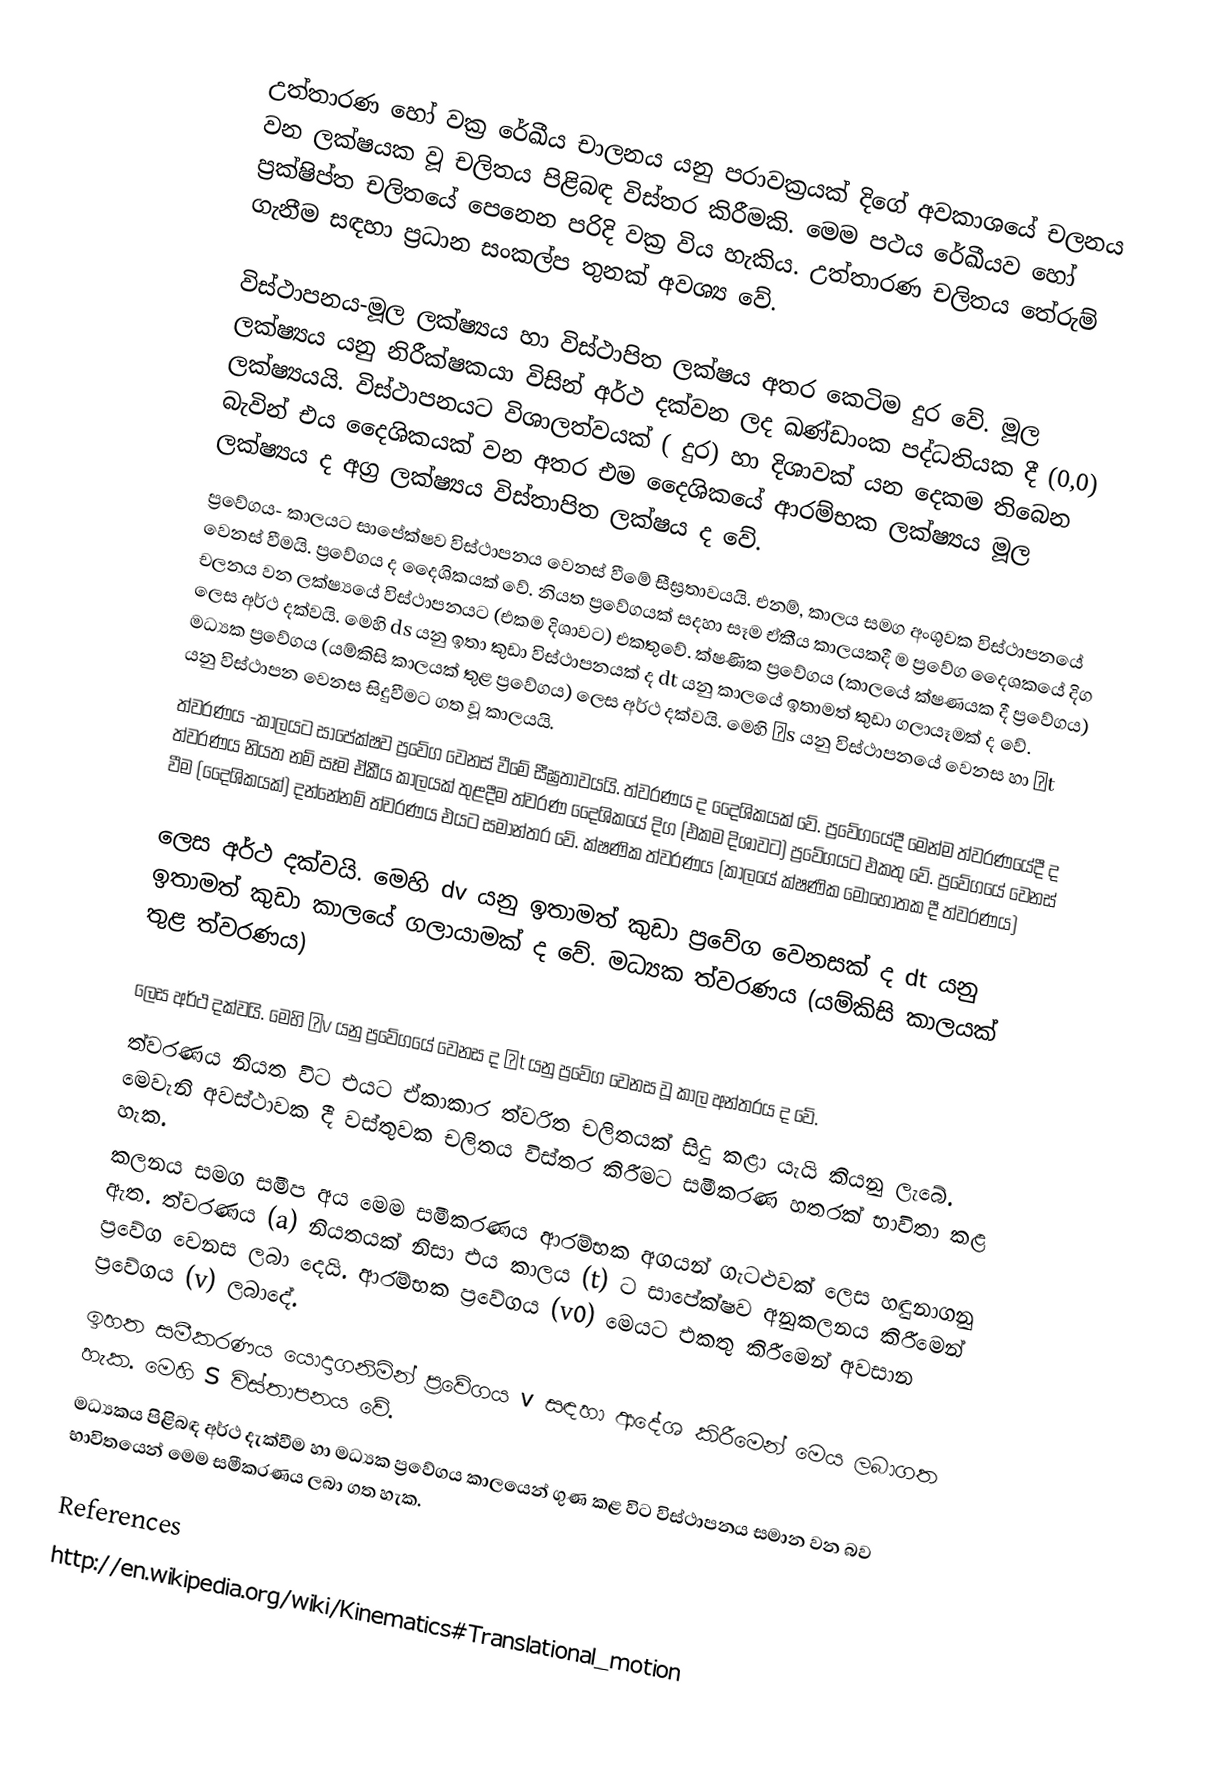
උත්තාරණ හෝ වක්‍ර රේඛීය චාලනය යනු පරාවක්‍රයක් දිගේ අවකාශයේ චලනය වන ලක්ෂයක වූ චලිතය පිළිබඳ විස්තර කිරීමකි. මෙම පථය රේඛීයව හෝ ප්‍රක්ෂිප්ත චලිතයේ පෙනෙන පරිදි වක්‍ර විය හැකිය. උත්තාරණ චලිතය තේරුම්  ගැනීම සඳහා ප්‍රධාන සංකල්ප තුනක් අවශ්‍ය වේ.

විස්ථාපනය-මූල ලක්ෂ්‍යය හා විස්ථාපිත ලක්ෂය අතර කෙටිම දුර වේ. මූල ලක්ෂ්‍යය යනු නිරීක්ෂකයා විසින් අර්ථ දක්වන ලද ඛණ්ඩාංක පද්ධතියක දී (0,0) ලක්ෂ්‍යයයි. විස්ථාපනයට විශාලත්වයක් ( දුර) හා දිශාවක් යන දෙකම තිබෙන බැවින් එය දෛශිකයක් වන අතර එම දෛශිකයේ ආරම්භක ලක්ෂ්‍යය මූල ලක්ෂ්‍යය ද අග්‍ර ලක්ෂ්‍යය විස්තාපිත ලක්ෂය ද වේ.
ප්‍රවේගය-	කාලයට සාපේක්ෂව විස්ථාපනය වෙනස් වීමේ සීඝ්‍රතාවයයි. එනම්, කාලය සමග අංශුවක විස්ථාපනයේ වෙනස් වීමයි. ප්‍රවේගය ද දෛශිකයක් වේ. නියත ප්‍රවේගයක් සදහා සෑම ඒකීය කාලයකදී ම ප්‍රවේග දෛශකයේ දිග චලනය වන ලක්ෂ්‍යයේ විස්ථාපනයට (එකම දිශාවට) එකතුවේ. ක්ෂණික ප්‍රවේගය (කාලයේ ක්ෂණයක දී ප්‍රවේගය)  ලෙස අර්ථ දක්වයි. මෙහි ds  යනු ඉතා කුඩා විස්ථාපනයක් ද dt  යනු කාලයේ ඉතාමත් කුඩා ගලායෑමක් ද වේ. මධ්‍යක ප්‍රවේගය (යම්කිසි කාලයක් තුළ ප්‍රවේගය)  ලෙස අර්ථ දක්වයි. මෙහි Δs යනු විස්ථාපනයේ වෙනස හා  Δt  යනු විස්ථාපන වෙනස සිදුවීමට ගත වූ කාලයයි.
ත්වරණය	-කාලයට සාපේක්ෂව ප්‍රවේග වෙනස් වීමේ සීඝ්‍රතාවයයි. ත්වරණය ද දෛශිකයක් වේ. ප්‍රවේගයේදී මෙන්ම ත්වරණයේදී ද ත්වරණය  නියත නම් සෑම ඒකීය කාලයක් තුළදීම ත්වරණ දෛශිකයේ දිග (එකම දිශාවට) ප්‍රවේගයට එකතු වේ. ප්‍රවේගයේ වෙනස් වීම (දෛශිකයක්) දන්නේනම් ත්වරණය එයට සමාන්තර වේ. ක්ෂණික ත්වරණය (කාලයේ ක්ෂණික මොහොතක දී ත්වරණය)

ලෙස අර්ථ දක්වයි. මෙහි dv  යනු ඉතාමත් කුඩා ප්‍රවේග වෙනසක් ද  dt යනු ඉතාමත් කුඩා කාලයේ ගලායාමක් ද වේ. මධ්‍යක ත්වරණය (යම්කිසි කාලයක් තුළ ත්වරණය)

ලෙස අර්ථ දක්වයි. මෙහි  Δv යනු ප්‍රවේගයේ වෙනස ද Δt යනු ප්‍රවේග වෙනස වූ කාල අන්තරය ද වේ.
ත්වරණය නියත විට එයට ඒකාකාර ත්වරිත චලිතයක් සිදු කළා යැයි කියනු ලැබේ. මෙවැනි අවස්ථාවක දී වස්තුවක චලිතය විස්තර කිරීමට සමීකරණ හතරක් භාවිතා කළ හැක.
  කලනය සමග සමීප  අය මෙම සමීකරණය ආරම්භක අගයන් ගැටළුවක් ලෙස හඳුනාගනු ඇත. ත්වරණය (a)  නියතයක් නිසා එය කාලය (t)  ට සාපේක්ෂව අනුකලනය කිරීමෙන් ප්‍රවේග වෙනස ලබා දෙයි. ආරම්භක ප්‍රවේගය (v0)  මෙයට එකතු කිරීමෙන් අවසාන ප්‍රවේගය (v)  ලබාදේ.
  ඉහත සමීකරණය යොදාගනිමින් ප්‍රවේගය v සඳහා ආදේශ කිරීමෙන් මෙය ලබාගත හැක. මෙහි S විස්තාපනය වේ.
   මධ්‍යකය පිළිබඳ අර්ථ දැක්වීම හා මධ්‍යක ප්‍රවේගය කාලයෙන් ගුණ කළ විට  විස්ථාපනය සමාන වන බව භාවිතයෙන් මෙම සමීකරණය ලබා ගත හැක.

References
http://en.wikipedia.org/wiki/Kinematics#Translational_motion